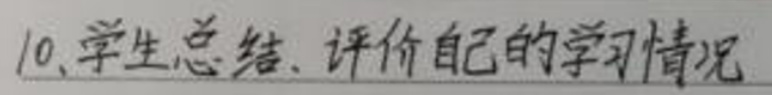
10、学生总结、评价自己的学习情况